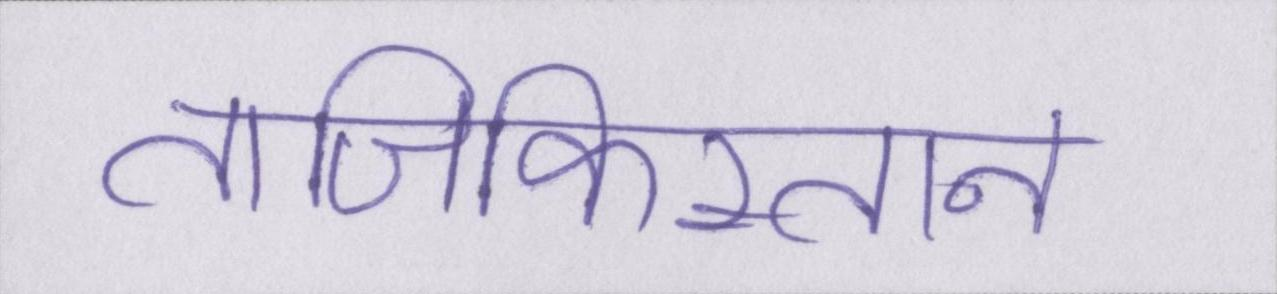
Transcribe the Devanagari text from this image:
ताजिकिस्तान